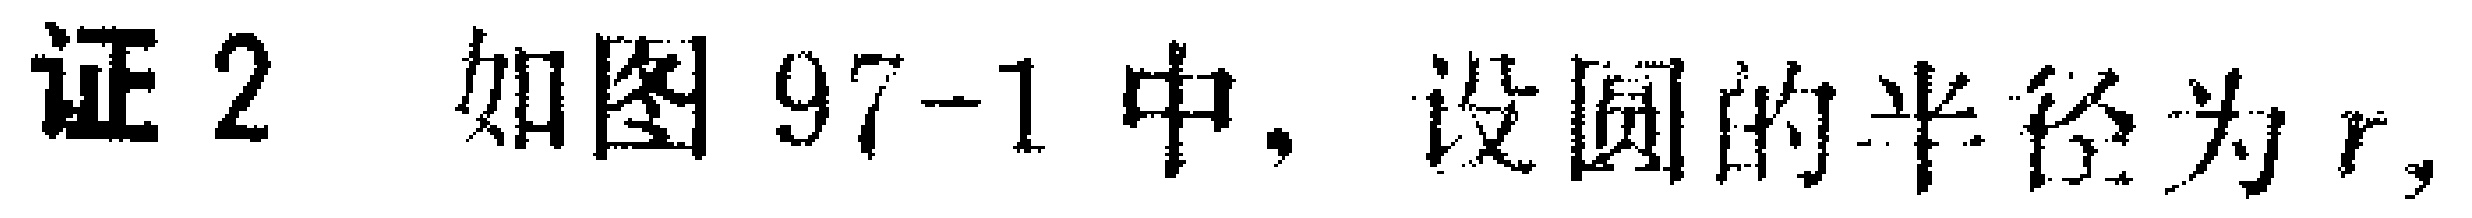
证2 如图97-1中，设圆的半径为\(r\)，